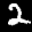
Label: 2